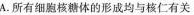
A.所有细胞核糖体的形成均与核仁有关